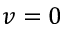
v = 0